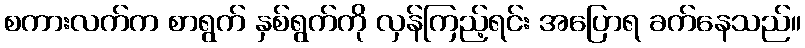
စကားလက်က စာရွက် နှစ်ရွက်ကို လှန်ကြည့်ရင်း အပြောရ ခက်နေသည်။